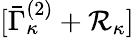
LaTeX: [\bar{\Gamma}_{\kappa}^{(2)}+{\cal R}_{\kappa}]